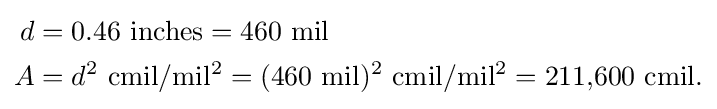
{\begin{aligned}d&={\rm {0.46~inches=460~mil}}\\A&=d^{2}~{\rm {cmil/mil^{2}=(460~mil)^{2}~cmil/mil^{2}=211{,}600~cmil.}}\end{aligned}}